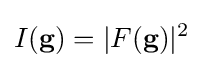
I({\textbf {g}})=|F({\textbf {g}})|^{2}